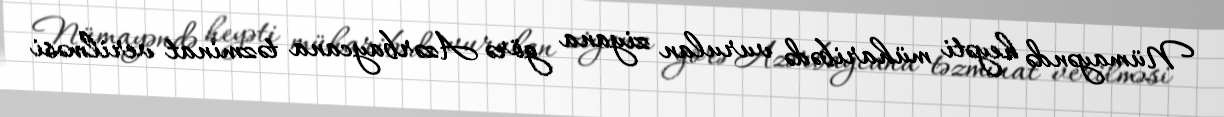
Nümayəndə heyəti müharibədə vurulan ziyana görə Azərbaycana təzminat verilməsi